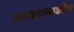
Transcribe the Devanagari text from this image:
बाबराकडील